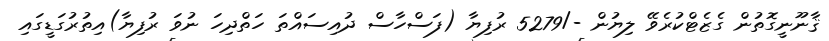
ޤާނޫނީގޮތުން ގެޒެޓްކުރެވޭ ލިޔުން -/5279 ރުފިޔާ (ފަސްހާސް ދުއިސައްތަ ހަތްދިހަ ނުވަ ރުފިޔާ)އިތުރުގަޑީގައި